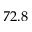
7 2 . 8